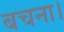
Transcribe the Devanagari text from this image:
बचना।